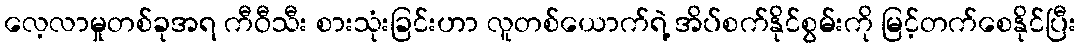
လေ့လာမှုတစ်ခုအရ ကီဝီသီး စားသုံးခြင်းဟာ လူတစ်ယောက်ရဲ့ အိပ်စက်နိုင်စွမ်းကို မြင့်တက်စေနိုင်ပြီး